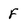
Character: F